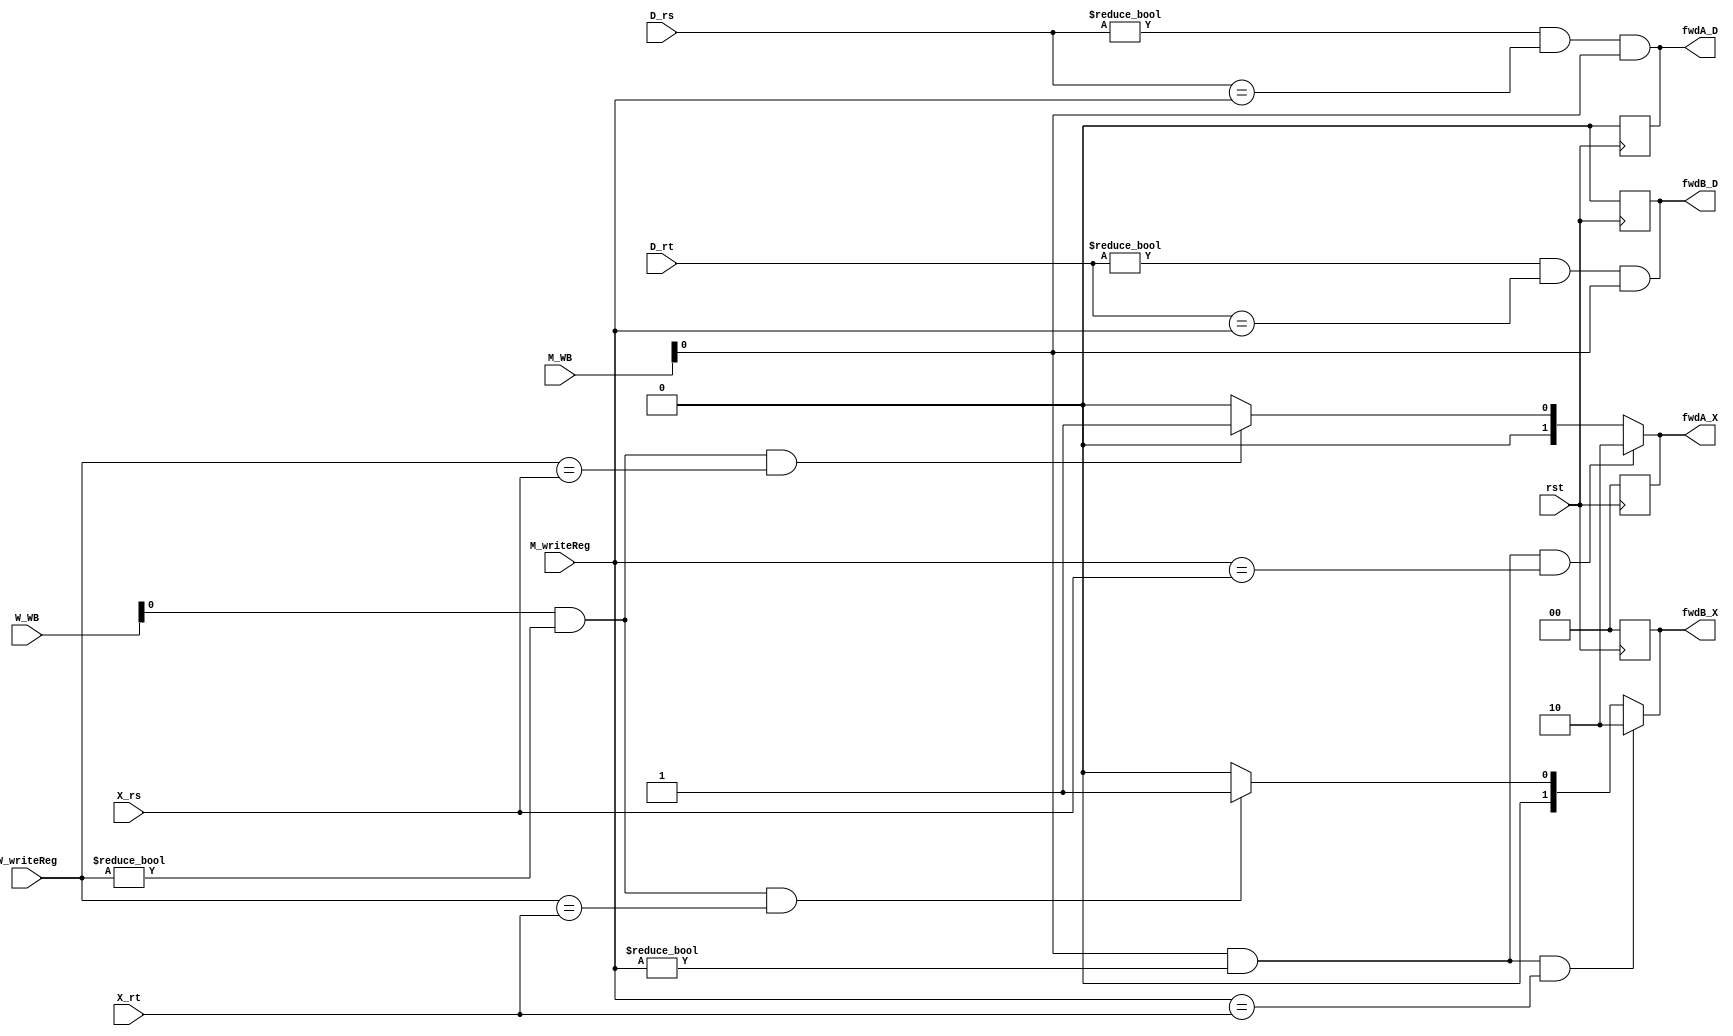
// Chris Kenyon and Brandon Nguyen

`timescale 1ns / 1ns

module forwarding_unit(rst, D_rs, D_rt, X_rs, X_rt, M_writeReg, W_writeReg, M_WB, W_WB, fwdA_D, fwdB_D, fwdA_X, fwdB_X);
   input rst;
   input [4:0] D_rs, D_rt, X_rs, X_rt, M_writeReg, W_writeReg;
   input [1:0] M_WB, W_WB;
   output reg [1:0] fwdA_X, fwdB_X;
   output reg fwdA_D, fwdB_D;
      
  always@(posedge rst)
  begin
     fwdA_D = 2'b00;
     fwdB_D = 2'b00;
     fwdA_X = 2'b00;
     fwdB_X = 2'b00;
  end
  
  wire M_RW, W_RW;
  assign M_RW = M_WB[0];
  assign W_RW = W_WB[0];
   
  always @ (X_rs or X_rt or M_RW or W_RW)
     begin
       fwdA_D = ( (D_rs != 5'b0) && (D_rs == M_writeReg) && M_RW );
       fwdB_D = ( (D_rt != 5'b0) && (D_rt == M_writeReg) && M_RW );     
       
       fwdA_X = 0; fwdB_X = 0;
       if (M_RW && (M_writeReg!=5'b0) && (M_writeReg == X_rs))
        fwdA_X <= 2'b10; 
       else if (W_RW && (W_writeReg!=5'b0) && (W_writeReg == X_rs))
        fwdA_X <= 2'b01;
        
       if (M_RW && (M_writeReg!=5'b0) && (M_writeReg == X_rt))
        fwdB_X <= 2'b10;
       else if (W_RW && (W_writeReg!=5'b0) && (W_writeReg == X_rt))
        fwdB_X <= 2'b01; 
        
               
     end
endmodule